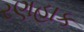
રણહાક